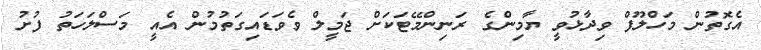
އެގޮތުން މަހްލޫފް ވިދާޅުވީ ޔާމިންގެ ރަނިންމޭޓަކަށް ޖަމީލް ވެވަޑައިގަތުމުން އެއީ މަސްލަހަތު ފުށު